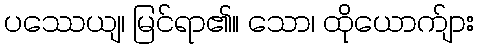
ပဿေယျ၊ မြင်ရာ၏။ သော၊ ထိုယောက်ျား